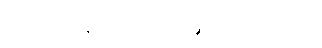
မြို့တော်ဝန်စာပါလျှင် အားလုံးပြီးနေပြီ။